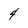
Character: 4